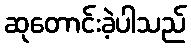
ဆုတောင်းခဲ့ပါသည်